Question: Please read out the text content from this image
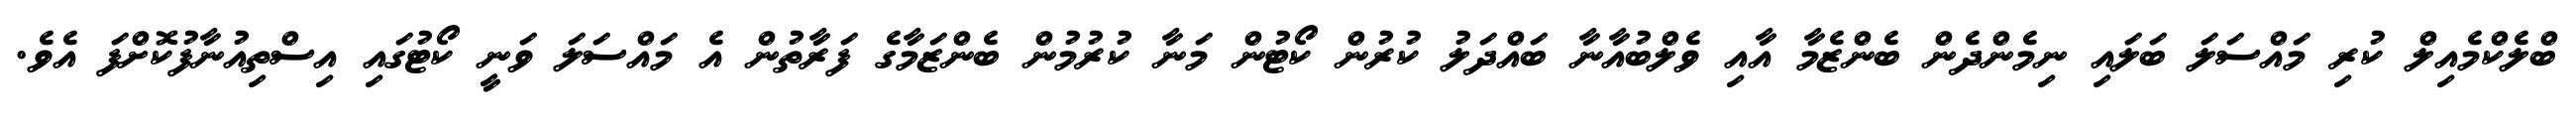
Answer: ބްލެކްމެއިލް ކުރި މައްސަލަ ބަލައި ނިމެންދެން ބެންޒެމާ އާއި ވެލްބުއާނާ ބައްދަލު ކުރުން ކޯޓުން މަނާ ކުރުމުން ބެންޒަމާގެ ފަރާތުން އެ މައްސަލަ ވަނީ ކޯޓުގައި އިސްތިއުނާފުކޮށްފަ އެވެ.